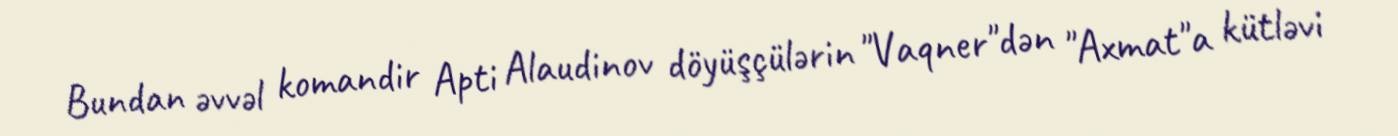
Bundan əvvəl komandir Apti Alaudinov döyüşçülərin "Vaqner"dən "Axmat"a kütləvi